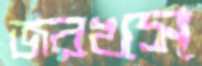
জরখস